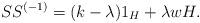
LaTeX: \begin{align*}SS^{(-1)} = (k - \lambda)1_H + \lambda w H.\end{align*}